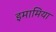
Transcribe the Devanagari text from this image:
इमामिया